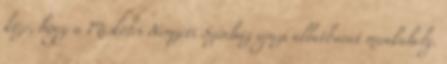
közé, hogy a Miskolci Nemzeti Színház igazi állatbarát munkahely.